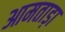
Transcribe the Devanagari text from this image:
आमताड़ा